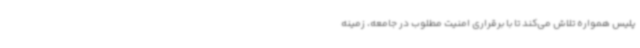
پلیس همواره تلاش می‌کند تا با برقراری امنیت مطلوب در جامعه، زمینه